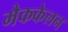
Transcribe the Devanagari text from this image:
मैककेलन